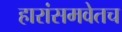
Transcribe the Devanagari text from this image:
हारांसमवेतच